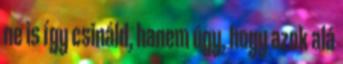
ne is így csináld, hanem úgy, hogy azok alá